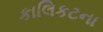
કાલિકટના